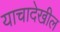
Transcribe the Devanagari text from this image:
याचादेखील